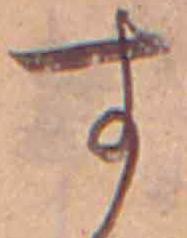
す